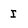
Character: I